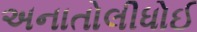
અનાતોલીધોઈ